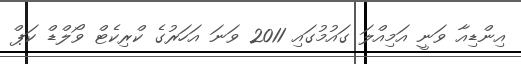
އިންޑިއާ ވަނީ އަމިއްލަ ގައުމުގައި 2011 ވަނަ އަހަރުގެ ކްރިކެޓް ވޯލްޑް ކަޕް